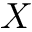
X